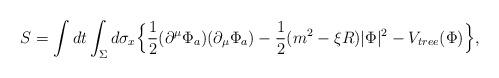
LaTeX: \begin{align*}S=\int dt\int_{\Sigma}d\sigma_x \Big\lbrace\frac 1 2 (\partial^\mu\Phi_a) (\partial_\mu\Phi_a) -\frac 1 2 (m^2-\xi R)|\Phi|^2-V_{tree}(\Phi)\Big \rbrace,\end{align*}